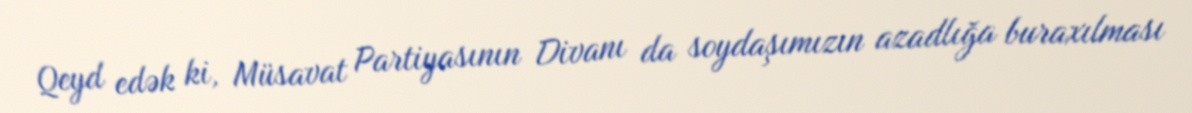
Qeyd edək ki, Müsavat Partiyasının Divanı da soydaşımızın azadlığa buraxılması